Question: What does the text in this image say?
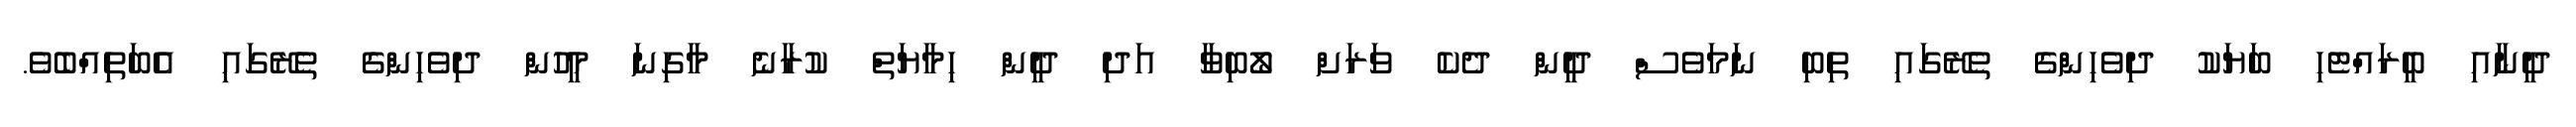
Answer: ދީނާއި ބީރައްޓެހި ބަޔަކު ދިވެހިންގެ ތެރޭގައި ތިބި ނަމަވެސް ދީން ދެކެ ވަރަށް ލޯބިވާ އަދި ދީން ހިމާޔަތް ކުރާނެ މާގިނަ މީހުން ދިވެހިންގެ ތެރޭގައި އެބަތިއްބެވެ.